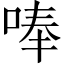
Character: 唪